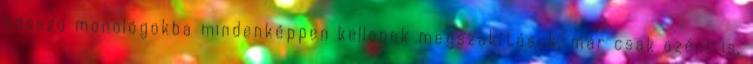
hosszú monológokba mindenképpen kellenek megszakítások, már csak azért is,